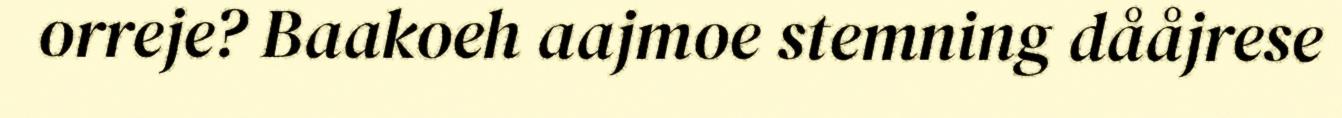
orreje? Baakoeh aajmoe stemning dååjrese